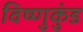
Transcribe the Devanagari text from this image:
विष्णुकुंड